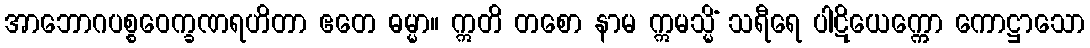
အာဘောဂပစ္စဝေက္ခဏရဟိတာ ဧတေ ဓမ္မာ။ ဣတိ တစော နာမ ဣမသ္မိံ သရီရေ ပါဋိယေက္ကော ကောဋ္ဌာသော